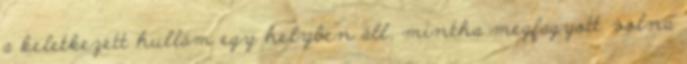
a keletkezett hullám egy helyben áll, mintha megfagyott volna